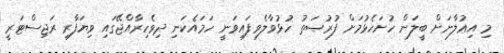
މި އިޢުލާނަށް ބީލަން ހުށަހެޅުމަށް ފުރުޞަތު ހުޅުވާލެވިފައިވަނީ ހަމައެކަނި ދިވެހިރާއްޖޭގައި ވިޔަފާރި ރަޖިސްޓަރީ